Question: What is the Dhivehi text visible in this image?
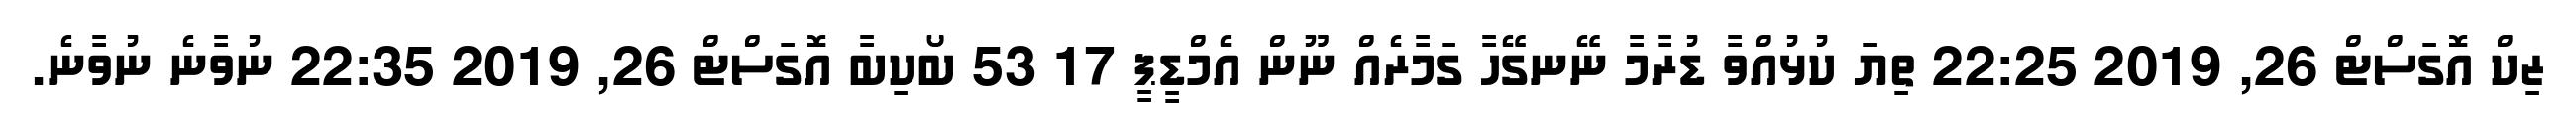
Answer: ޒިކް އޮގަސްޓް 26, 2019 22:25 ތިޔަ ކުޅުއްވާ ޑުރާމާ ނޭނގޭހާ ގަމާރެއް ނޫން އެމްޑީޕީ 17 53 ބޯކިބާ އޮގަސްޓް 26, 2019 22:35 ނުވާނެ ނުވާނެ.